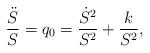
LaTeX: \begin{align*}{\ddot{S}\over S}=q_{0}={\dot{S}^2\over S^2}+{k\over S^2} ,\end{align*}